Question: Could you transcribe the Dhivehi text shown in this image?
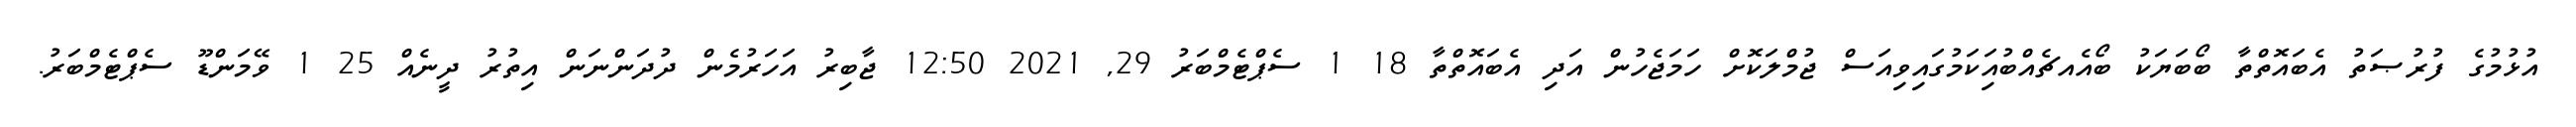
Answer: އުޅުމުގެ ފުރުޞަތު އެބައޮތްތާ ބޯބަޔަކު ބޯއެއޗެއްބުއަިކަމުގައިވިއަސް ޖުމްލަކޮށް ހަމަޖެހުން އަދި އެބައޮތްތާ 18 1 ސެޕްޓެމްބަރު 29, 2021 12:50 ޖާބިރު އަހަރުމެން ދުދަންނަން އިތުރު ދީނެއް 25 1 ވޭމަންޑޫ ސެޕްޓެމްބަރު.